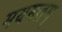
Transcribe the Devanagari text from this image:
मयमतम्